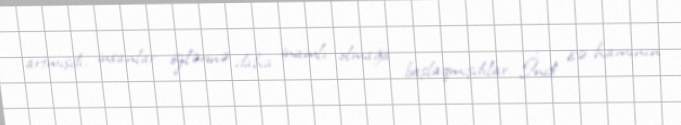
artmışdı, insanlar özlərinə daha inamlı olmağa başlaqmışdılar...İndi isə hamının